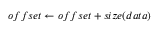
o f f s e t \gets o f f s e t + s i z e ( d a t a )